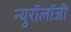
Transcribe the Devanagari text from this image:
न्युरॉलॉजी